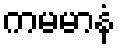
ကမမာနံ